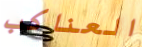
العناكب